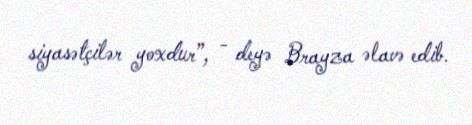
siyasətçilər yoxdur”, - deyə Brayza əlavə edib.